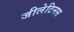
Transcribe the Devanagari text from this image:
जीलेटिनस